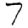
Digit: 7